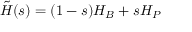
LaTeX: { \tilde { H } } ( s ) = ( 1 - s ) H _ { B } + s H _ { P }